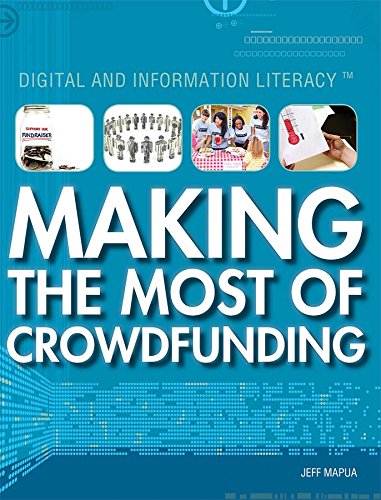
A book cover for Making the Most of Crowdfunding (Digital and Information Literacy); Jeff Mapua; Children's Books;